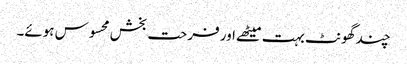
چند گھونٹ بہت میٹھے اور فرحت بخش محسوس ہوئے۔